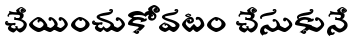
చేయించుకోవటం చేసుకునే